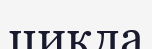
цикла